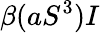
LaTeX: \beta(aS^{3})I